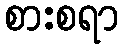
စားစရာ